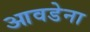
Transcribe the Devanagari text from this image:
आवडेना